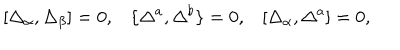
[ \Delta _ { \alpha } , \Delta _ { \beta } ] = 0 , \{ \Delta ^ { a } , \Delta ^ { b } \} = 0 , [ \Delta _ { \alpha } , \Delta ^ { a } ] = 0 ,